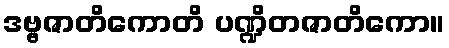
ဒဗ္ဗဇာတိကောတိ ပဏ္ဍိတဇာတိကော။